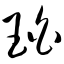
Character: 珀